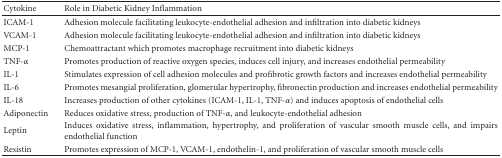
| Cytokine | Role in Diabetic Kidney Inflammation |
 | --- | --- |
 | ICAM-1 | Adhesion molecule facilitating leukocyte-endothelial adhesion and infiltration into diabetic kidneys |
 | VCAM-1 | Adhesion molecule facilitating leukocyte-endothelial adhesion and infiltration into diabetic kidneys |
 | MCP-1 | Chemoattractant which promotes macrophage recruitment into diabetic kidneys |
 | TNF-α | Promotes production of reactive oxygen species, induces cell injury, and increases endothelial permeability |
 | IL-1 | Stimulates expression of cell adhesion molecules and profibrotic growth factors and increases endothelial permeability |
 | IL-6 | Promotes mesangial proliferation, glomerular hypertrophy, fibronectin production and increases endothelial permeability |
 | IL-18 | Increases production of other cytokines (ICAM-1, IL-1, TNF-α) and induces apoptosis of endothelial cells |
 | Adiponectin | Reduces oxidative stress, production of TNF-α, and leukocyte-endothelial adhesion |
 | Leptin | Induces oxidative stress, inflammation, hypertrophy, and proliferation of vascular smooth muscle cells, and impairs endothelial function |
 | Resistin | Promotes expression of MCP-1, VCAM-1, endothelin-1, and proliferation of vascular smooth muscle cells |